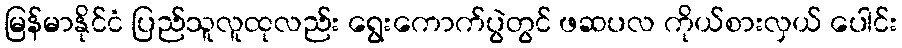
မြန်မာနိုင်ငံ ပြည်သူလူထုလည်း ရွေးကောက်ပွဲတွင် ဖဆပလ ကိုယ်စားလှယ် ပေါင်း